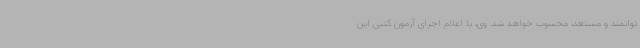
توانمند و مستعد، محسوب خواهد شد. وی، با اعلام اجرای آزمون کتبی این